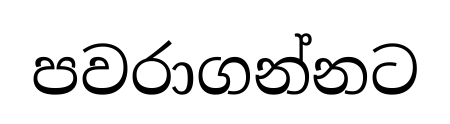
පවරාගන්නට